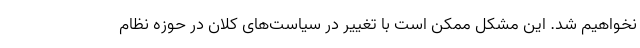
نخواهیم شد. این مشکل ممکن است با تغییر در سیاست‌های کلان در حوزه نظام